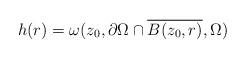
LaTeX: \begin{align*}h(r)= \omega(z_0,\partial\Omega\cap\overline{B(z_0,r)},\Omega)\end{align*}